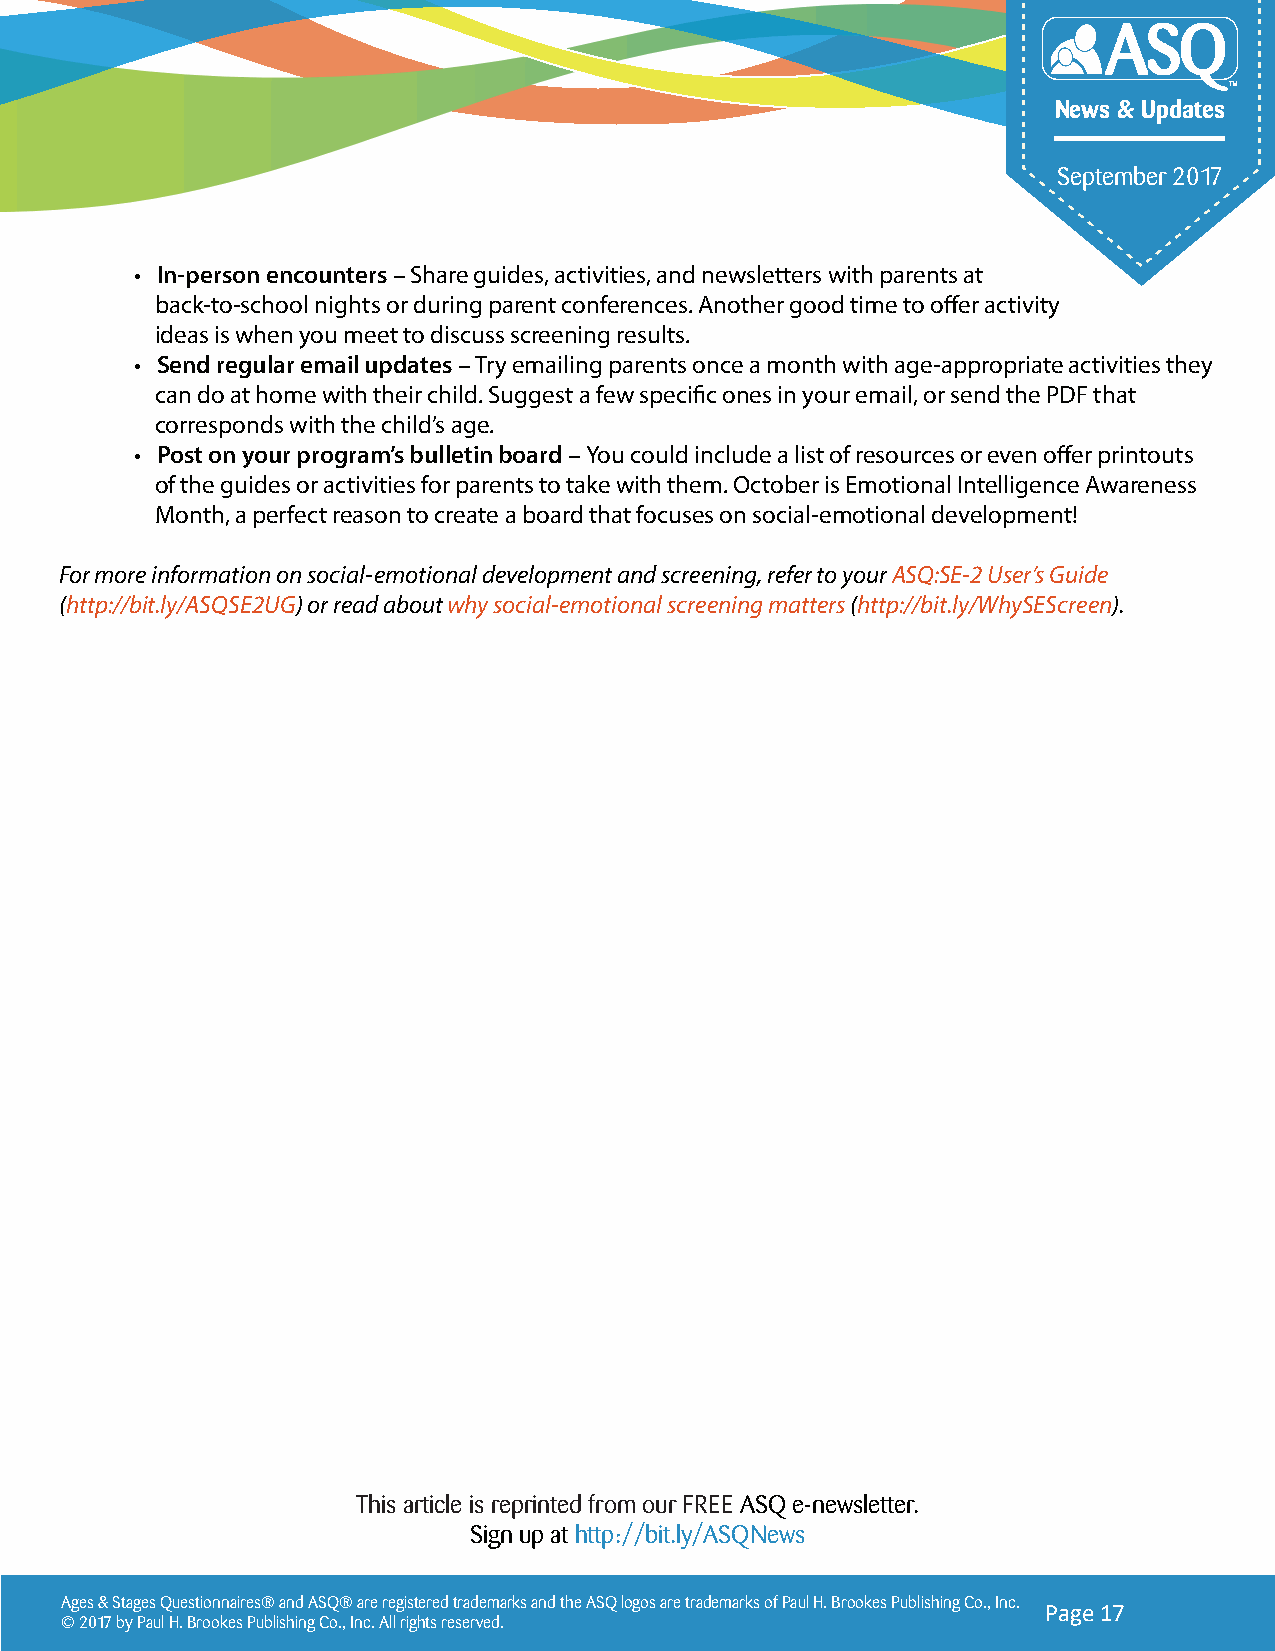
News & Updates
 September 2017
 • In-person encounters – Share guides, activities, and newsletters with parents at
 back-to-school nights or during parent conferences. Another good time to offer activity
 ideas is when you meet to discuss screening results.
 • Send regular email updates – Try emailing parents once a month with age-appropriate activities they
 can do at home with their child. Suggest a few specific ones in your email, or send the PDF that
 corresponds with the child’s age.
 • Post on your program’s bulletin board – You could include a list of resources or even offer printouts
 of the guides or activities for parents to take with them. October is Emotional Intelligence Awareness
 Month, a perfect reason to create a board that focuses on social-emotional development!
 For more information on social-emotional development and screening, refer to your ASQ:SE-2 User’s Guide
 (http://bit.ly/ASQSE2UG) or read about why social-emotional screening matters (http://bit.ly/WhySEScreen).
 This article is reprinted from our FREE ASQ e-newsletter.
 Sign up at http://bit.ly/ASQNews
 Ages & Stages Questionnaires® and ASQ® are registered trademarks and the ASQ logos are trademarks of Paul H. Brookes Publishing Co., Inc.
 Page 17
 © 2017 by Paul H. Brookes Publishing Co., Inc. All rights reserved.